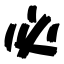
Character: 必